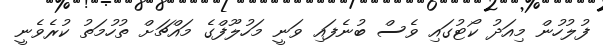
ފުލުހުން މިއަދު ކޯޓުގައި ވެސް ބުނެފައި ވަނީ މަހުލޫފްގެ މައްޗަށް ތުހުމަތު ކުރެވެނީ